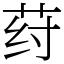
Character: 荮